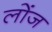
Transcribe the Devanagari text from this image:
लोंज